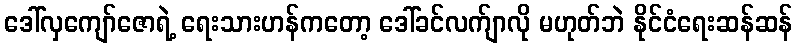
ဒေါ်လှကျော်ဇောရဲ့ ရေးသားဟန်ကတော့ ဒေါ်ခင်လက်ျာလို မဟုတ်ဘဲ နိုင်ငံရေးဆန်ဆန်